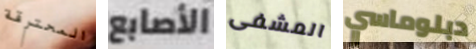
المحترقة الأصابع المشفى دبلوماسي